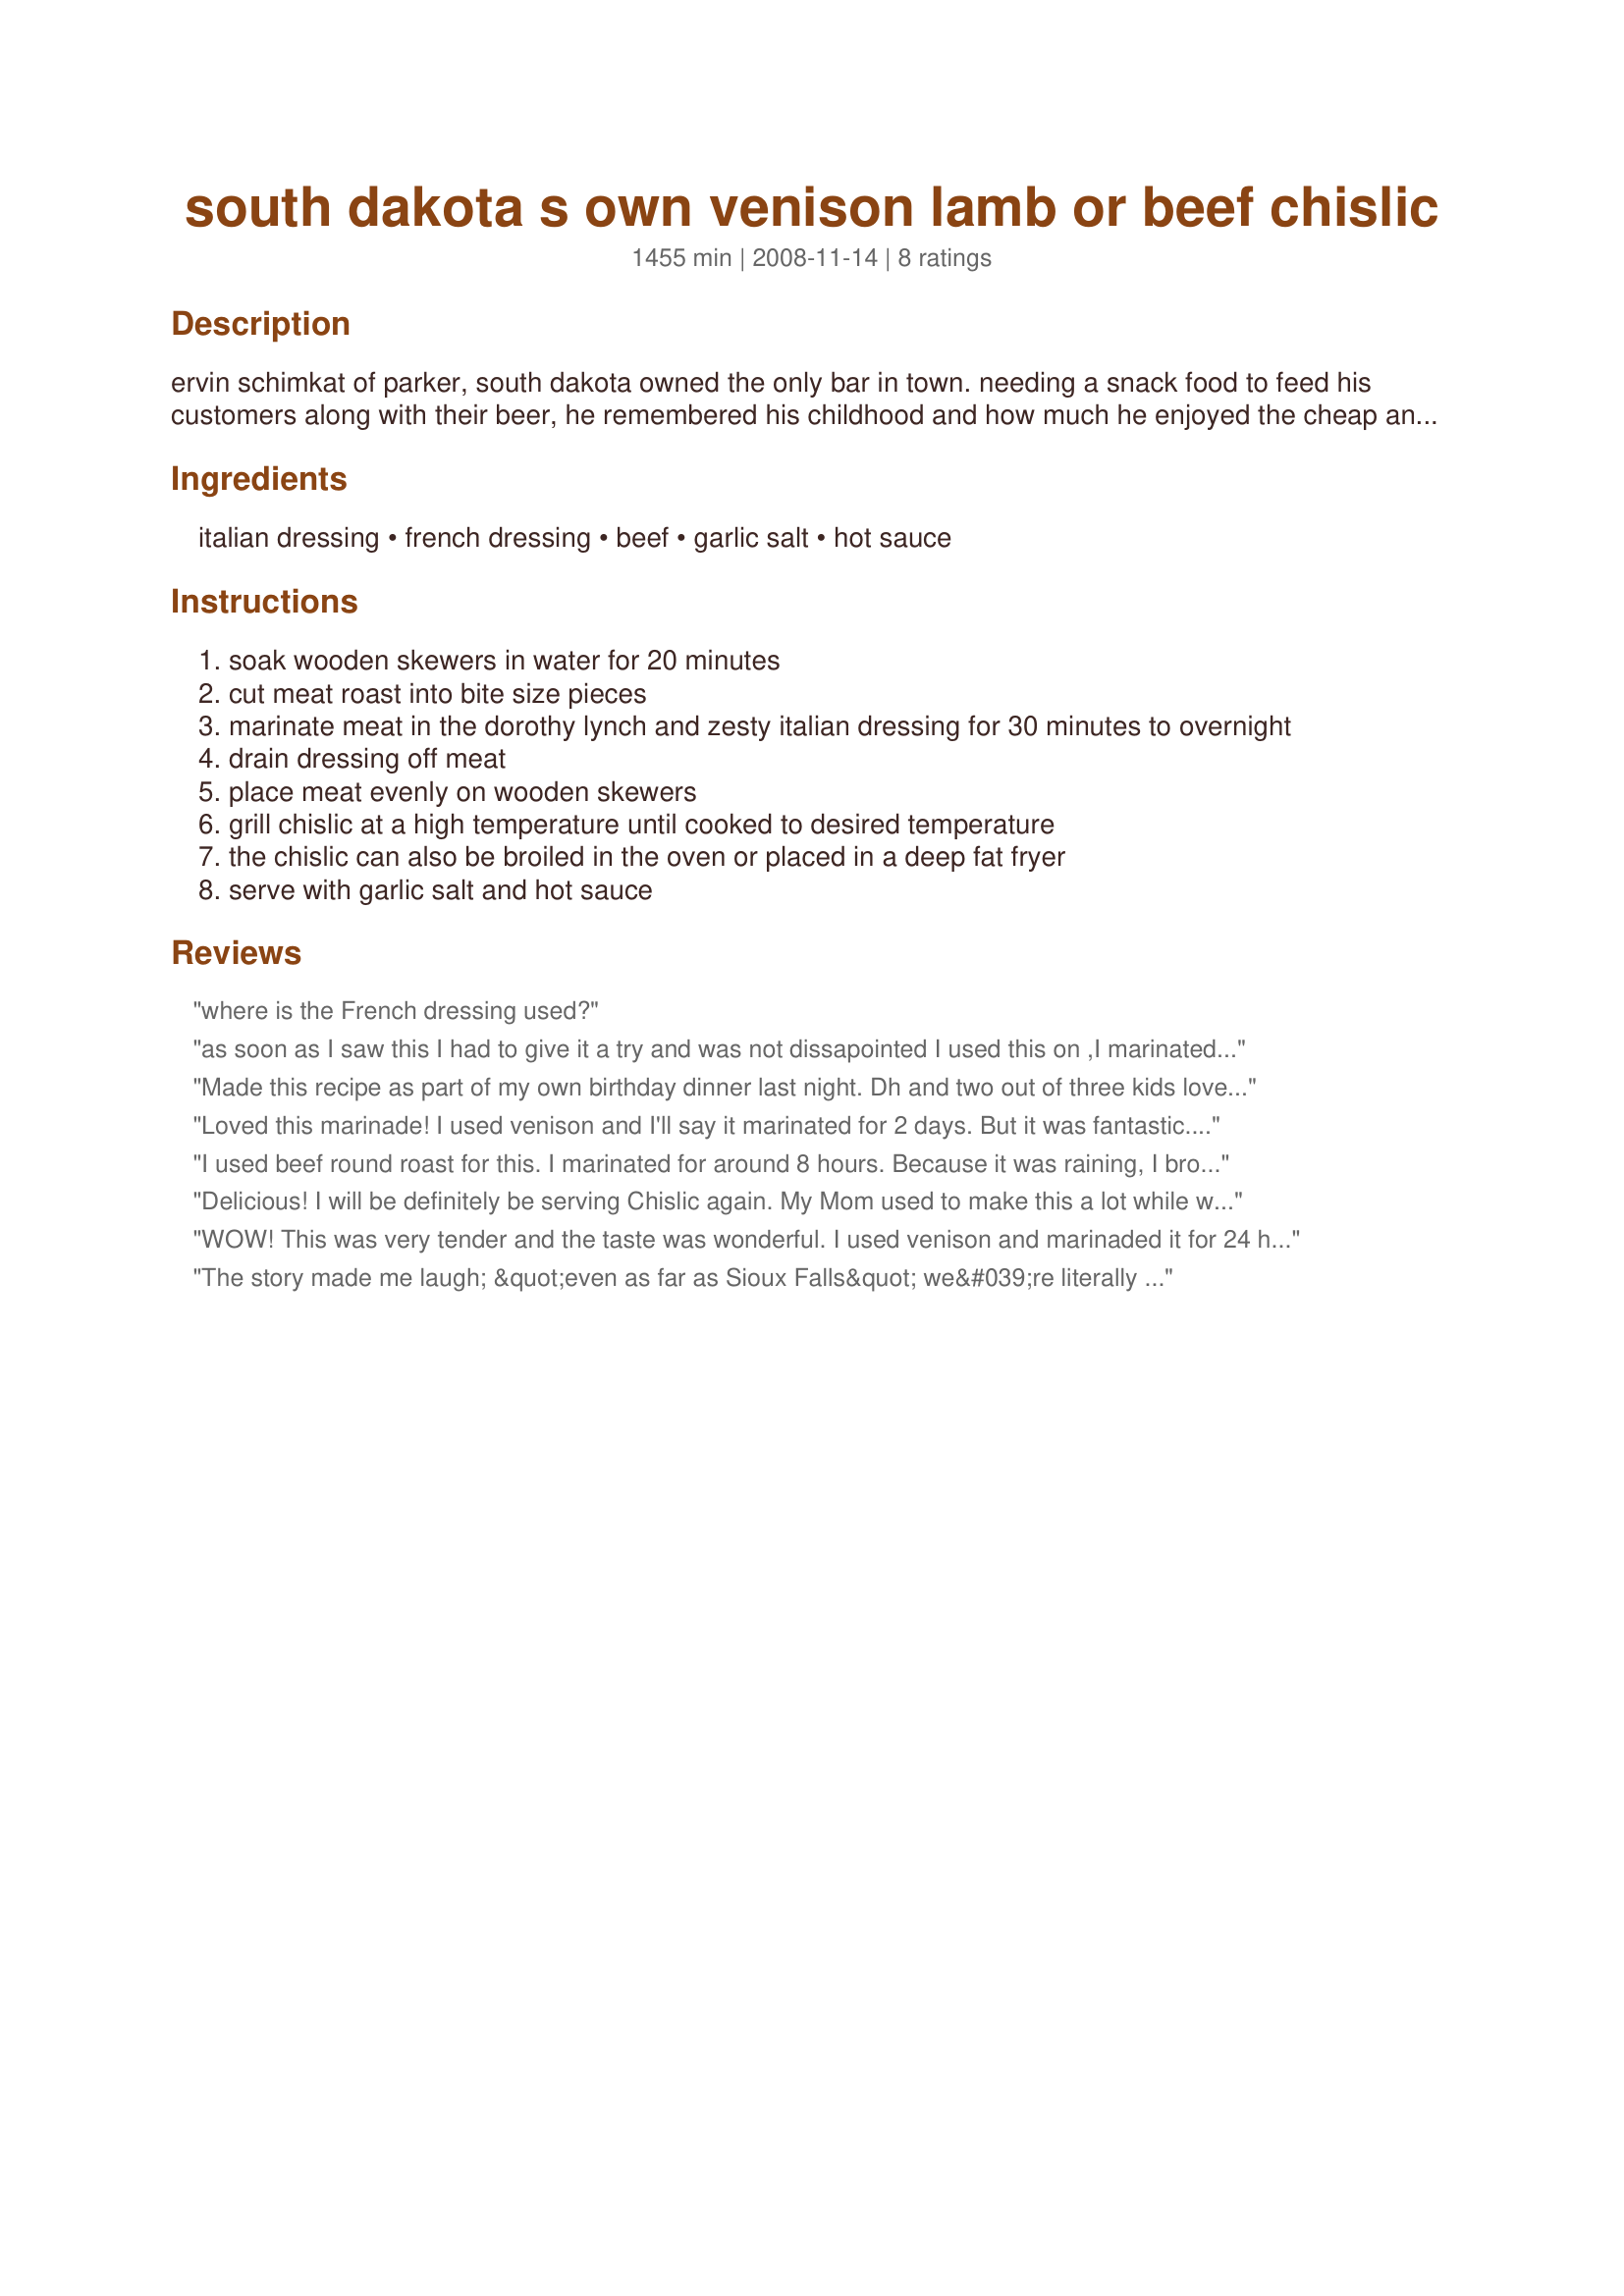
south dakota s own venison lamb or beef chislic
Preparation time: 1455 minutes

ervin schimkat of parker, south dakota owned the only bar in town. needing a snack food to feed his customers along with their beer, he remembered his childhood and how much he enjoyed the cheap and relatively simple chislic. ever since, chislic has been a regular serving in parker's few restaurants and only bar, as well as the regionally popular at turner county fair. its fast and easy preparation made it the perfect bar snack for the german immigrants wanting a taste of the old country. schimkat used the word chislic because of his and the dish's german heritage and family tradition of calling it that. chislic literally means meat on a stick in the schimkat family. chislic may have originated as a derivative of shish kebabs, as the pronunciation of the word bears a close resemblance to other items in the same food family. true "bar food!" goes great with beer. recipe is adapted from the south dakota outdoor campus.

Ingredients:
italian dressing, french dressing, beef, garlic salt, hot sauce

Steps:
soak wooden skewers in water for 20 minutes
cut meat roast into bite size pieces
marinate meat in the dorothy lynch and zesty italian dressing for 30 minutes to overnight
drain dressing off meat
place meat evenly on wooden skewers
grill chislic at a high temperature until cooked to desired temperature
the chislic can also be broiled in the oven or placed in a deep fat fryer
serve with garlic salt and hot sauce

Reviews:
where is the French dressing used?
as soon as I saw this I had to give it a try and was not dissapointed I used this on ,I marinated overnight adding in fresh garlic and some cayenne pepper to the marinade, made it on my outdoor grill for lunch, my DS and GF loved the lamb, this is 5-stars Kitty thanks for posting!
Made this recipe as part of my own birthday dinner last night. Dh and two out of three kids loved it. I thought it was amazing also!! Will definitely make this often. Used venison tenderloin.
Loved this marinade! I used venison and I'll say it marinated for 2 days. But it was fantastic. So simple to make. I used Catalina French dressing as that is what I had on hand. Worked out really well. Meat was very tender!
I used beef round roast for this. I marinated for around 8 hours. Because it was raining, I broiled the recipe instead of grilling it. I think it would have been better grilled. Without the garlic salt and hot sauce added, the taste of the meat was very plain. But with those two additions, it was tastey. I may try this again with a longer marinating time, and then grill it. It sounds like a great idea...just didn't quite meet my expectations regarding tenderness and taste cooked this way. Once I marinate for a longer period of time and am able to grill it over charcoal, I'll update my rating! Made for Zaar 123 Hits Tag.
Delicious! I will be definitely be serving Chislic again. My Mom used to make this a lot while we were growing up (she's from SD too). I hoped that these would be similar to how she used to make them. I used top sirloin, and marinated the cut up meat in a large ziploc bag. The meat only marinated for 30 minutes and was long enough to be able to taste the marinade, but I wish I would have let it sit longer. I grilled these on our gas grill, and let everyone add their own garlic salt and hot sauce to taste. It turned out fantastic. I can't wait to try this again, maybe with venison, or maybe deep-fat fried? Simply loved it! Thanks for posting!
WOW! This was very tender and the taste was wonderful. I used venison and marinaded it for 24 hours. I couldn't find the name brand french dressing so I just used another kind. Will make this again soon. Made for 1-2-3.
The story made me laugh; &quot;even as far as Sioux Falls&quot; we&#039;re literally less then 30 miles apart. One very key thing you got correct that most miss is that it originated and continues to be more of a grill thing.
